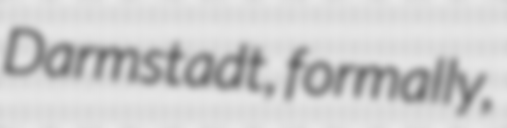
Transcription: Darmstadt, formally,